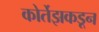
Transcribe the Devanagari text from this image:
कोर्तेझकडून